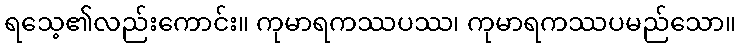
ရသေ့၏လည်းကောင်း။ ကုမာရကဿပဿ၊ ကုမာရကဿပမည်သော။